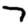
Digit: 7